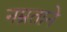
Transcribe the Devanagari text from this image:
नम्रताने